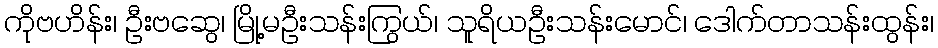
ကိုဗဟိန်း၊ ဦးဗဆွေ၊ မြို့မဦးသန်းကြွယ်၊ သူရိယဦးသန်းမောင်၊ ဒေါက်တာသန်းထွန်း၊